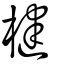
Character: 楗